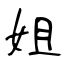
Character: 姐